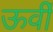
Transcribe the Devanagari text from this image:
ऊर्वी